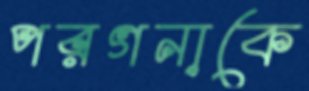
পরগনাকে